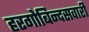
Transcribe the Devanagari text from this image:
हरगोबिन्दसवारी